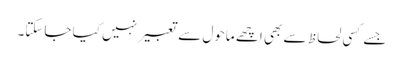
جسے کسی لحاظ سے بھی اچھے ماحول سے تعبیر نہیں کیا جاسکتا۔